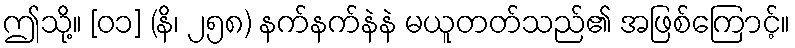
ဤသို့။ [၀၁] (နိ၊ ၂၅၈) နက်နက်နဲနဲ မယူတတ်သည်၏ အဖြစ်ကြောင့်။